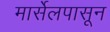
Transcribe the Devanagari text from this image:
मार्सेलपासून